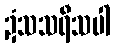
ဍံသသရီသပါ